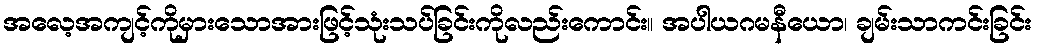
အလေ့အကျင့်ကိုမှားသောအားဖြင့်သုံးသပ်ခြင်းကိုလည်းကောင်း။ အပါယဂမနီယော၊ ချမ်းသာကင်းခြင်း